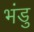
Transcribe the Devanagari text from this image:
भंडु